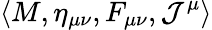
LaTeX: \left<M,\eta_{\mu\nu},F_{\mu\nu},\mathcal{J}^{\mu}\right>